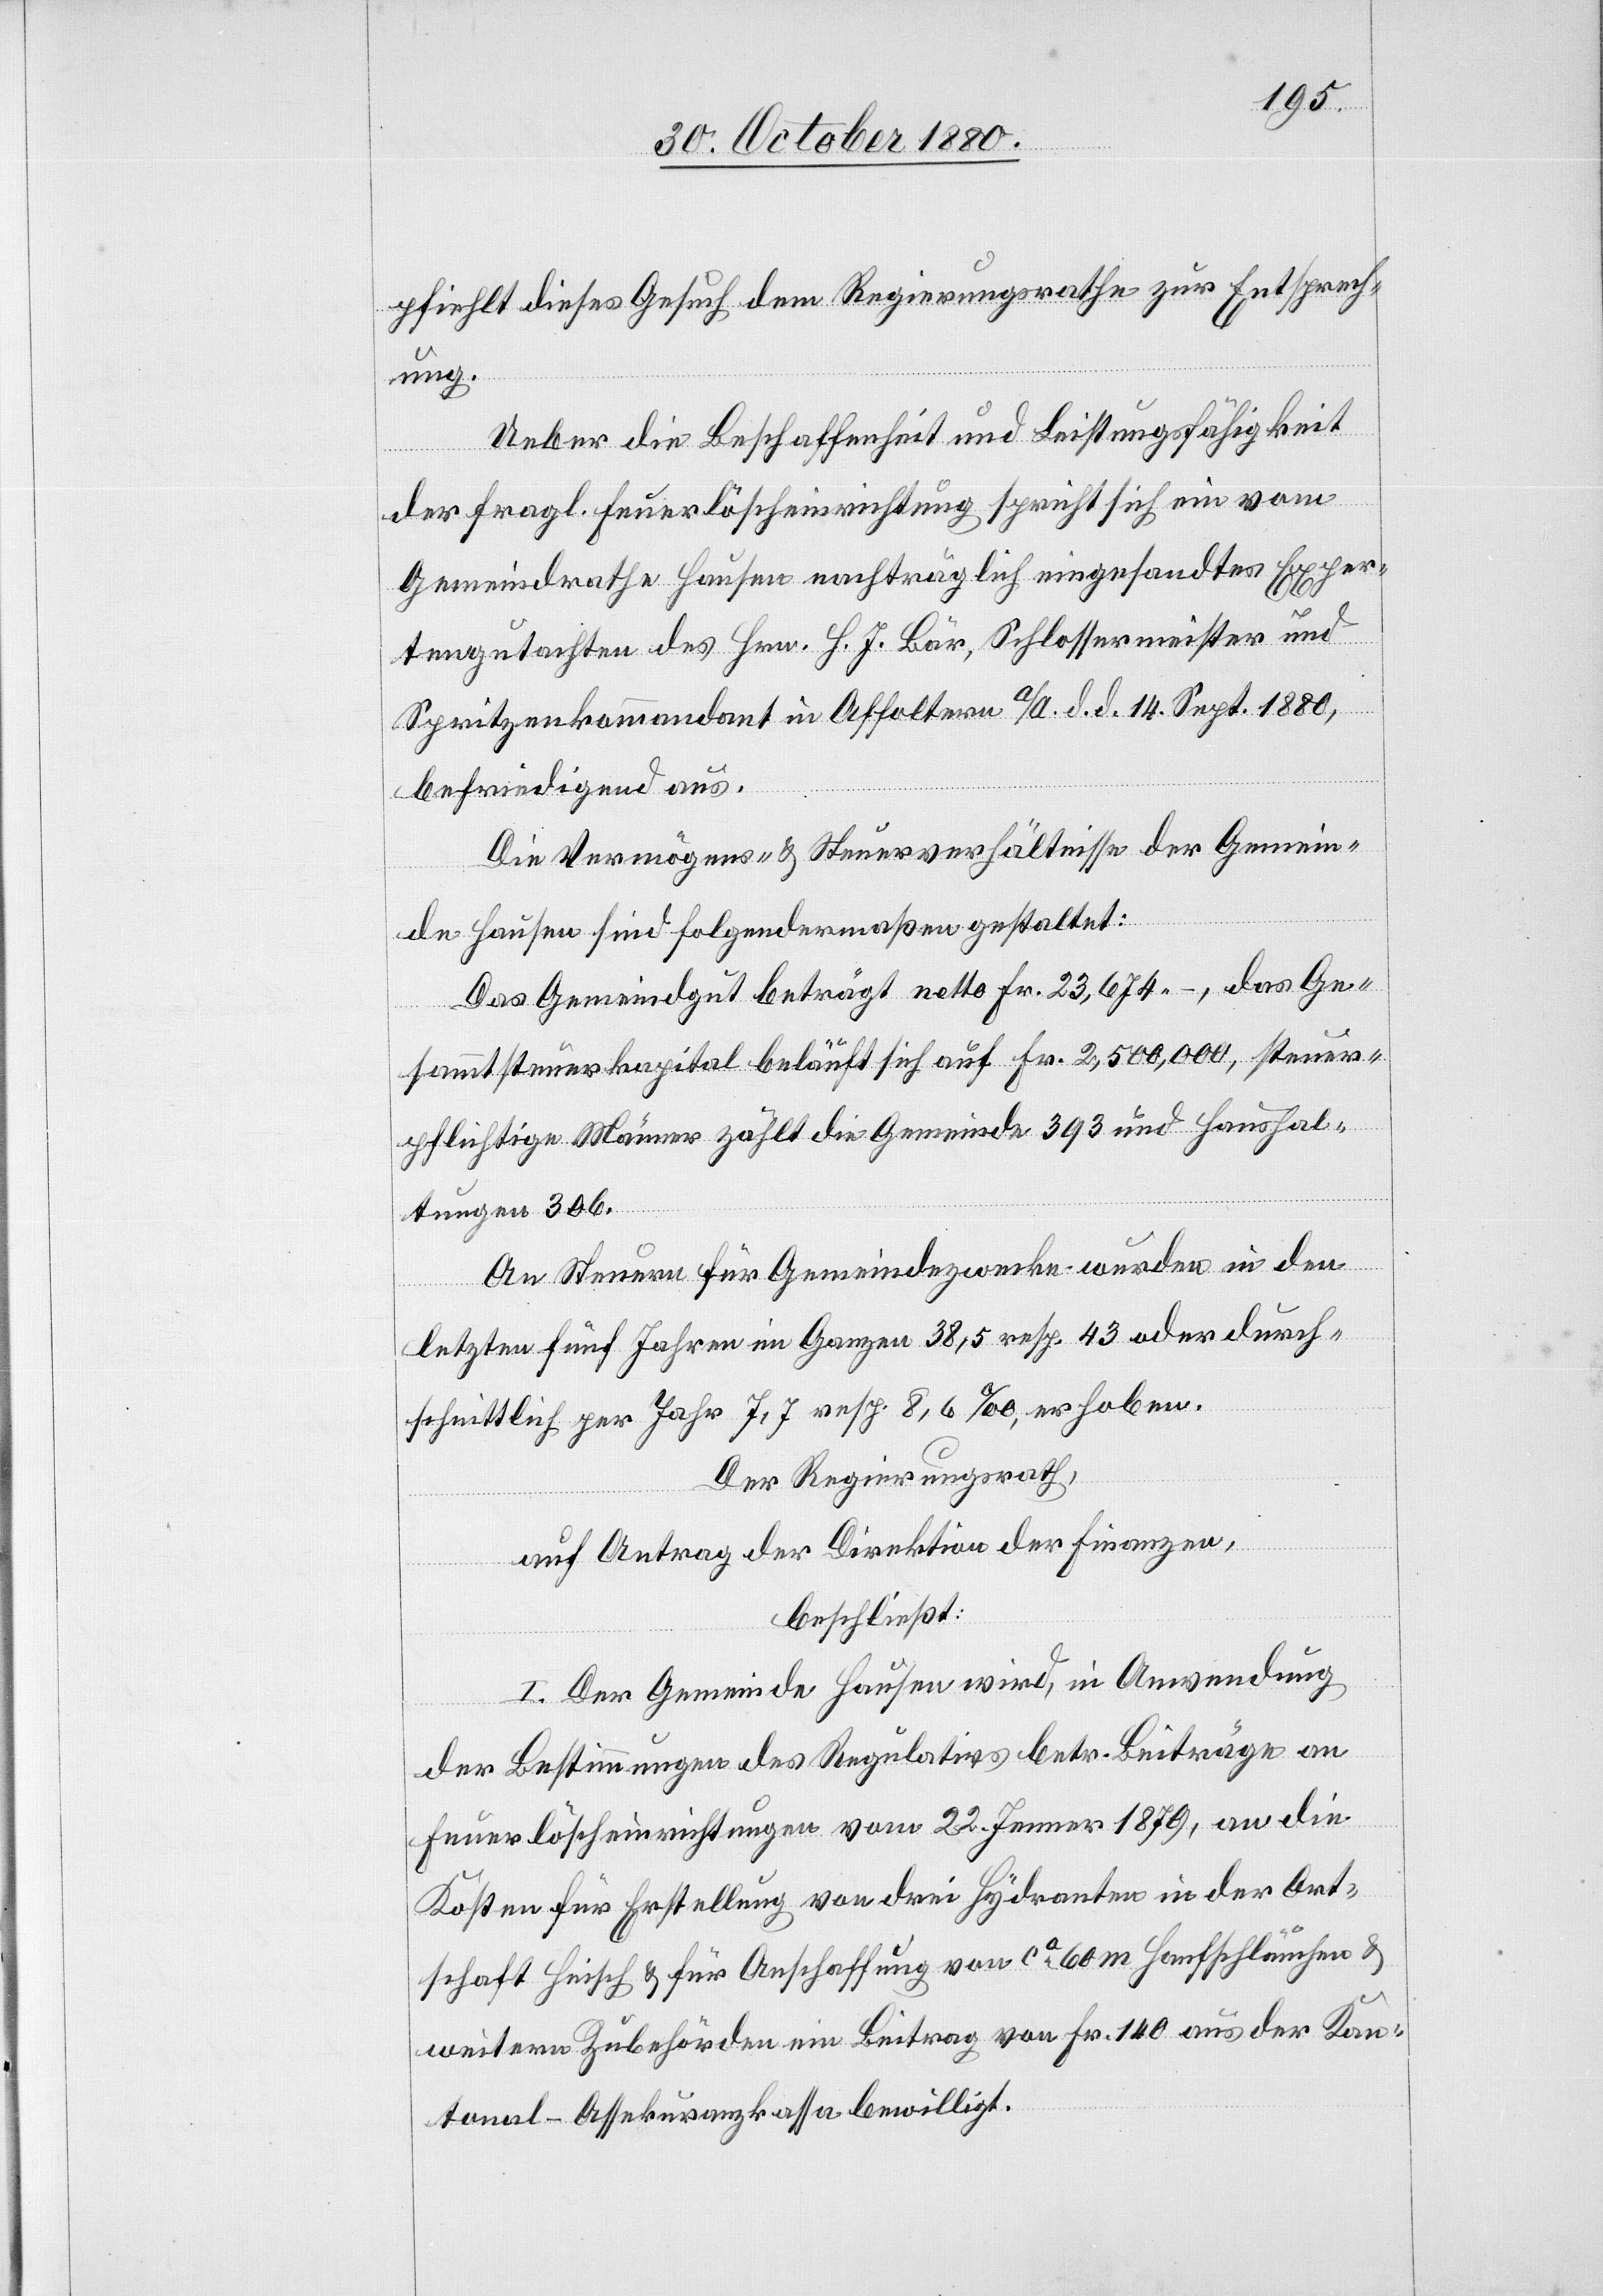
pfiehlt das Gesuch dem Regierungsrathe zur Entsprech¬
ung.
Ueber die Beschaffenheit und Leistungsfähigkeit
der fragl. Feuerlöscheinrichtung spricht sich ein vom
Gemeindrathe Hausen nachträglich eingesandtes Exper¬
tengutachten des Hrn. H. J. Bär, Schlossermeister und
Spritzenkommandant in Affoltern a/A. d. d. 14. Sept. 1880,
befriedigend aus.
Die Vermögens- & Steuerverhältnisse der Gemein¬
de Hausen sind folgendermaßen gestaltet:
Das Gemeindegut beträgt netto Fr. 23,674 –, das Ge¬
sammtsteuerkapital beläuft sich auf Fr. 2,500,000, steuer¬
pflichtige Männer zählt die Gemeinde 393 und Haushal¬
tungen 306.
An Steuern für Gemeindezwecke wurden in den
letzten fünf Jahren im Ganzen 35,5 resp. 43 oder durch¬
schnittlich per Jahr 7,7 resp. 8,6‰ erhoben.
Der Regierungsrath,
auf Antrag der Direktion der Finanzen,
beschließt:
I. Der Gemeinde Hausen wird, in Anwendung
der Bestimmungen des Regulativs betr. Beiträge an
Feuerlöscheinrichtungen vom 22. Jenner 1879, an die
Kosten für Erstellung von drei Hydranten in der Ort¬
schaft Heisch & für Anschaffung von ca 60 m Hanfschläuchen &
weitern Zubehörden ein Beitrag von Fr. 140 aus der Kan¬
tonal-Assekuranzkassa bewilligt.